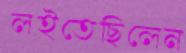
লইতেছিলেন